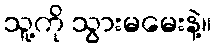
သူ့ကို သွားမမေးနဲ့။